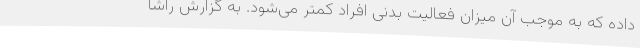
داده که به موجب آن میزان فعالیت بدنی افراد کمتر می‌شود. به گزارش راشا